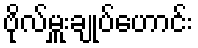
ဗိုလ်မှူးချုပ်ဟောင်း